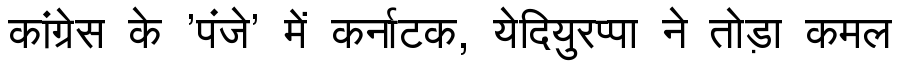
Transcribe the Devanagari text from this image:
कांग्रेस के 'पंजे' में कर्नाटक, येदियुरप्पा ने तोड़ा कमल